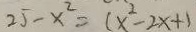
2 5 - x ^ { 2 } = ( x ^ { 2 } - 2 x + 1